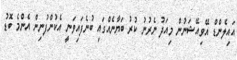
އައިލެންޑް އޭވިއޭޝަނުން މިއަދު ނެރުނު ކުރު ބަޔާނެއްގައި ބުނެފައިވަނީ އެކުންފުނިން އެންމެ ބޮޑު